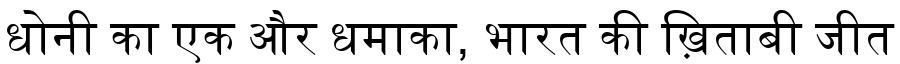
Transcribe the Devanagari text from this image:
धोनी का एक और धमाका, भारत की ख़िताबी जीत